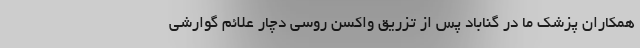
همکاران پزشک ما در گناباد پس از تزریق واکسن روسی دچار علائم گوارشی